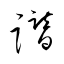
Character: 譛